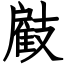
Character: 𢻠